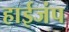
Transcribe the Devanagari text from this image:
हाईजंप